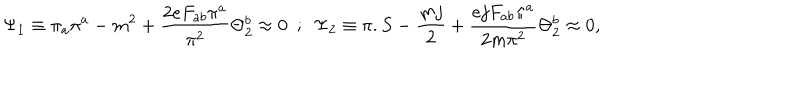
\Psi _ { 1 } \equiv \pi _ { a } \pi ^ { a } - m ^ { 2 } + { \frac { 2 e F _ { a b } \pi ^ { a } } { \pi ^ { 2 } } } \Theta _ { 2 } ^ { b } \approx 0 ~ ~ ; ~ ~ \Psi _ { 2 } \equiv \pi . S - { \frac { m j } { 2 } } + { \frac { e j F _ { a b } \pi ^ { a } } { 2 m \pi ^ { 2 } } } \Theta _ { 2 } ^ { b } \approx 0 ,